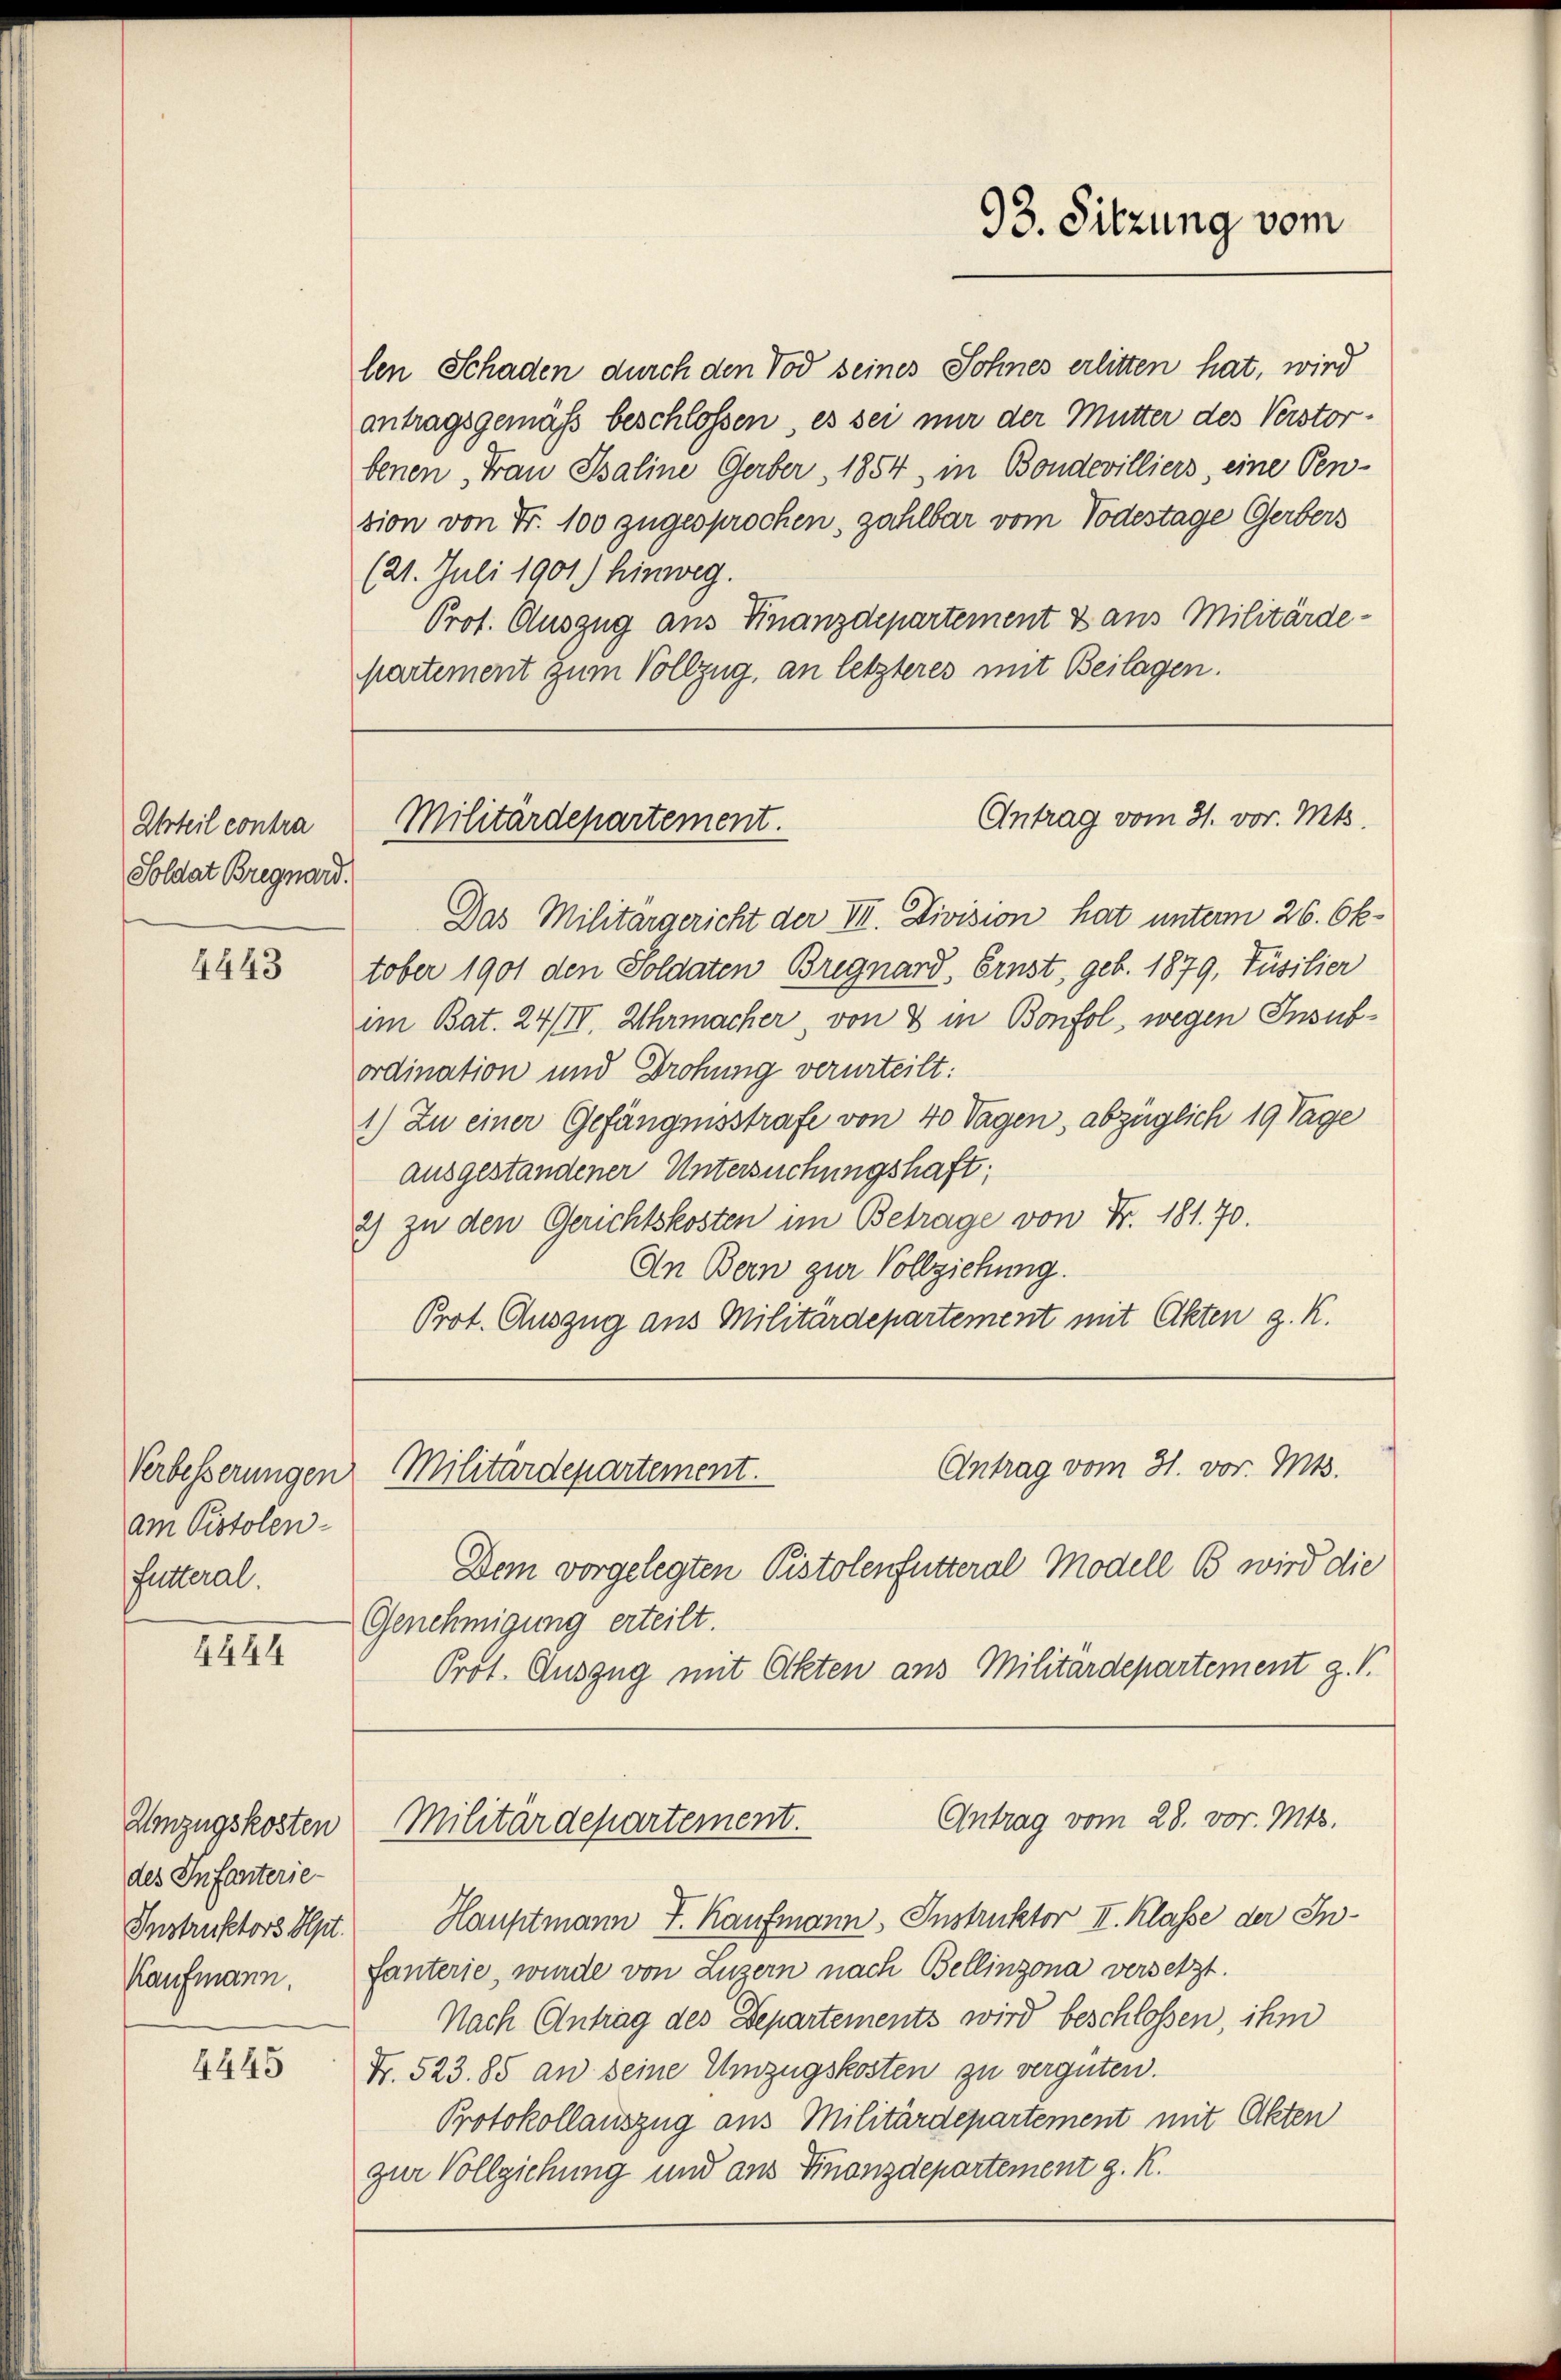
Urteil contra
Soldat Bregnard.

4443

am Pistolen-
Futteral.

4444

Umzugskosten
des Infanterie-

4445

len Schaden durch den Tod seines Sohnes erlitten hat, wird
antragsgemäß beschlossen, es sei nur der Mutter des Verstorbenen „Frau Baline Gerber, 1854, in Bondevilliers, eine Pen-
sion von Fr. 100 zugesprochen, zahlbar vom Todestage Gerbers
(21. Juli 1901) hinweg.
Prof. Auszug aus Finanzdepartement & aus Militärde-
partement zum Vollzug, an letzteres mit Beilagen.

93. Sitzung vom

Das Militärgericht der III. Division hat unterm 26. Ok-
tober 1901 den Soldaten Bregnard, Ernst, geb. 1879, Füsilier
im Bat. 24/II. Uhrmacher, von 8 in Bonfol, wegen Insubordination und Drohung verurteilt:
1) Zu einer Gefängnisstrafe von 40 Tagen, abzüglich 19 Tage
ausgestandener Untersuchungshaft;
2) zu den Gerichtskosten im Betrage von Fr. 181. 70.
An Bern zur Vollziehung.
Prot. Auszug aus Militärdepartement mit Akten g. K.
Antrag vom 31. vor. Mts.
Verbesserungen Militärdepartement.
Dem vorgelegten Pistolenfutteral Modell B wird die
Genehmigung erteilt.
Prot. Auszug mit Akten aus Militärdepartement z. B.

Antrag vom 31. vor. Mts.
Militärdepartement.

Antrag vom 28. vor. Mts.
Militärdepartement.

Instruktors Olpt. Hauptmann J. Kaufmann, Instruktor II. Klasse der In¬
Kaufmann. fanterie, wurde von Luzern nach Bellinzona versetzt.
Nach Antrag des Departements wird beschlossen, ihm
Fr. 523. 85 an seine Umzugskosten zu vergüten.
Protokollauszug aus Militärdepartement mit Akten
zur Vollziehung und aus Finanzdepartement g. K.